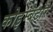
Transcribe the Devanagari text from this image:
कोइम्बॅटोरे